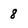
Character: 8